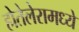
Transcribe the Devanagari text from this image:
होतेलेरामध्ये